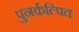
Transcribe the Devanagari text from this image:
पुनर्कल्पित